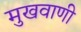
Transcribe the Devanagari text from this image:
मुखवाणी